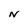
Character: N